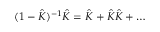
( 1 - \hat { K } ) ^ { - 1 } \hat { K } = \hat { K } + \hat { K } \hat { K } + \dots